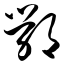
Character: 鄂